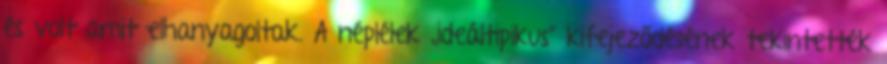
és volt amit elhanyagoltak. A néplélek „ideáltipikus” kifejeződésének tekintették